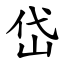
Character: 岱